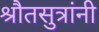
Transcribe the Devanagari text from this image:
श्रौतसुत्रांनी